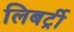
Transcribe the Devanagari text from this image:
लिबर्ट्री